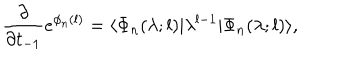
\frac { \partial } { \partial t _ { - 1 } } e ^ { \phi _ { n } ( l ) } = \langle \Phi _ { n } ( \lambda ; l ) | \lambda ^ { l - 1 } | \Phi _ { n } ( \lambda ; l ) \rangle ,